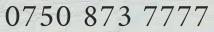
0750 873 7777